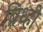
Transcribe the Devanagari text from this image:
ब्रिध्ही